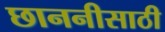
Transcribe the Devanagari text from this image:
छाननीसाठी